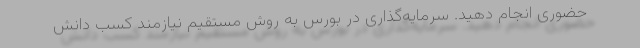
حضوری انجام دهید. سرمایه‌گذاری در بورس به روش مستقیم نیازمند کسب دانش